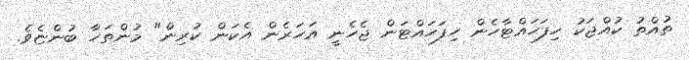
ތުއްތު ކުއްޖަކު ހިފަހައްޓާހެން ހިފަހައްޓަން ޖެހެނީ އަހަރެން އެކަން ކުރިން" މުންތަހާ ބުންޏެވެ.